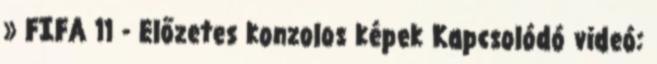
» FIFA 11 - Előzetes konzolos képek Kapcsolódó videó: